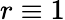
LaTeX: r\equiv 1